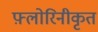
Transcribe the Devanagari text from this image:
फ़्लोरिनीकृत